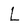
Character: L